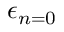
\epsilon _ { n = 0 }